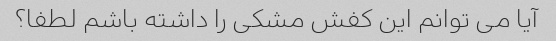
آیا می توانم این کفش مشکی را داشته باشم لطفا؟